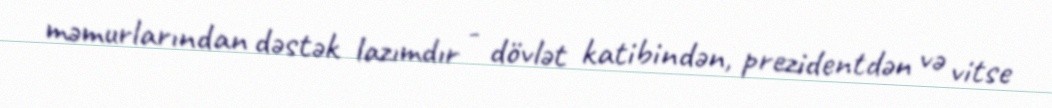
məmurlarından dəstək lazımdır - dövlət katibindən, prezidentdən və vitse